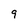
Character: 9